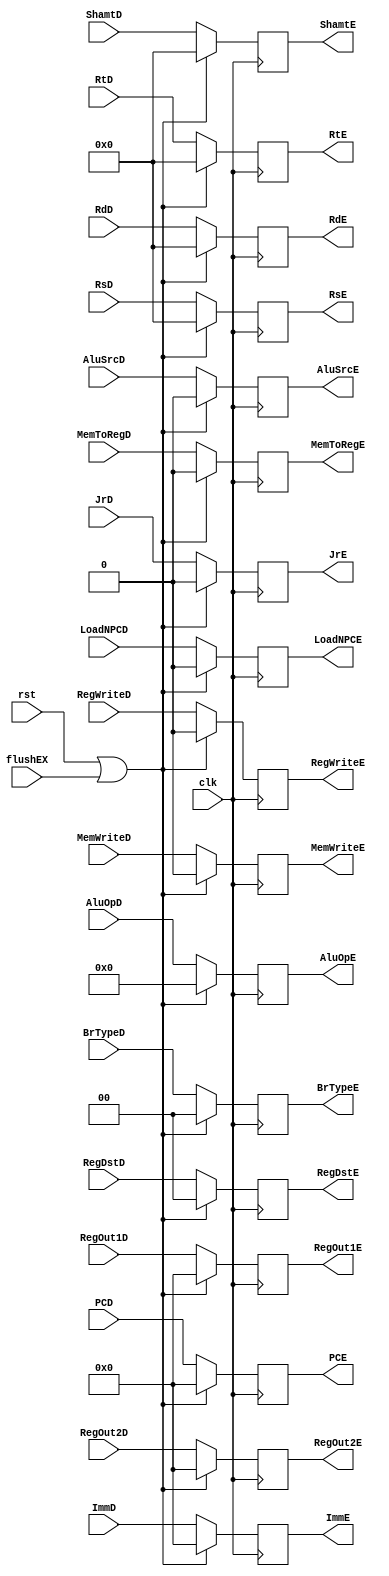
module reg_id_ex (
    input wire        clk,
    input wire        rst,
    input wire [31:0] PCD,
    input wire [31:0] RegOut1D,
    input wire [31:0] RegOut2D,
    input wire [ 4:0] RsD,
    input wire [ 4:0] RtD,
    input wire [ 4:0] RdD,
    input wire [ 4:0] ShamtD,
    input wire [31:0] ImmD,

    input wire       RegWriteD,
    input wire       AluSrcD,
    input wire [3:0] AluOpD,
    input wire       MemWriteD,
    input wire       MemToRegD,
    input wire [1:0] RegDstD,
    input wire [1:0] BrTypeD,
    input wire       JrD,
    input wire       LoadNPCD,
    input wire       flushEX,

    output reg [31:0] PCE,
    output reg [31:0] RegOut1E,
    output reg [31:0] RegOut2E,
    output reg [ 4:0] RsE,
    output reg [ 4:0] RtE,
    output reg [ 4:0] RdE,
    output reg [ 4:0] ShamtE,
    output reg [31:0] ImmE,

    output reg       RegWriteE,
    output reg       AluSrcE,
    output reg [3:0] AluOpE,
    output reg       MemWriteE,
    output reg       MemToRegE,
    output reg [1:0] RegDstE,
    output reg [1:0] BrTypeE,
    output reg       JrE,
    output reg       LoadNPCE
);

  always @(posedge clk) begin

    if (rst || flushEX) begin
      PCE       <= 32'h0;
      RegOut1E  <= 32'h0;
      RegOut2E  <= 32'h0;
      RsE       <= 5'b0;
      RtE       <= 5'b0;
      RdE       <= 5'b0;
      ShamtE    <= 5'b0;
      ImmE      <= 16'h0;

      RegWriteE <= 1'b0;
      AluSrcE   <= 1'b0;
      AluOpE    <= 4'h0;
      MemWriteE <= 1'b0;
      MemToRegE <= 1'b0;
      RegDstE   <= 2'b0;
      BrTypeE   <= 2'b0;
      JrE       <= 1'b0;
      LoadNPCE  <= 1'b0;
    end else begin
      PCE       <= PCD;
      RegOut1E  <= RegOut1D;
      RegOut2E  <= RegOut2D;
      RsE       <= RsD;
      RtE       <= RtD;
      RdE       <= RdD;
      ShamtE    <= ShamtD;
      ImmE      <= ImmD;

      RegWriteE <= RegWriteD;
      AluSrcE   <= AluSrcD;
      AluOpE    <= AluOpD;
      MemWriteE <= MemWriteD;
      MemToRegE <= MemToRegD;
      RegDstE   <= RegDstD;
      BrTypeE   <= BrTypeD;
      JrE       <= JrD;
      LoadNPCE  <= LoadNPCD;
    end
  end

endmodule